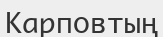
Карповтың